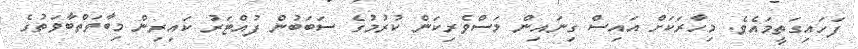
ފަހައިގަތީމައެވެ. މިހާރަކަށް އައިސް ގިނައިން މަސްވެރިކަން ކުރުމުގެ ސަބަބުން ފުއްޓަރު ކައިރިން މިބާވަތްބާވަތުގެ